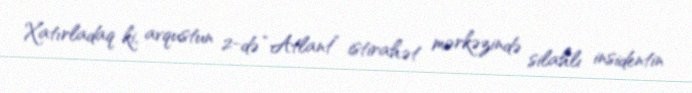
Xatırladaq ki, avqustun 2-də “Atlant” istirahət mərkəzində silahlı insidentin